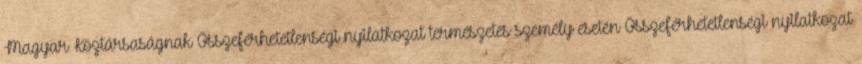
Magyar Köztársaságnak Összeférhetetlenségi nyilatkozat természetes személy esetén Összeférhetetlenségi nyilatkozat